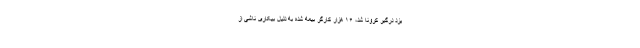
یزد درگیر کرونا شد، ۱۶ هزار کارگر بیمه شده به دلیل بیکاری ناشی از